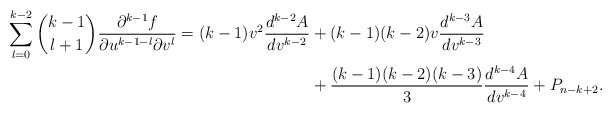
\begin{align*} \sum_{l=0}^{k-2}\binom{k-1}{l+1}\frac{\partial^{k-1}f}{\partial u^{k-1-l}\partial v^l}=(k-1)v^2\frac{d^{k-2}A}{dv^{k-2}}&+(k-1)(k-2)v\frac{d^{k-3}A}{dv^{k-3}}\\&+\frac{(k-1)(k-2)(k-3)}{3}\frac{d^{k-4}A}{dv^{k-4}}+P_{n-k+2}.\end{align*}